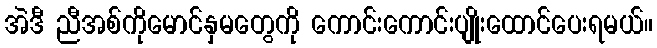
အဲဒီ ညီအစ်ကိုမောင်နှမတွေကို ကောင်းကောင်းပျိုးထောင်ပေးရမယ်။